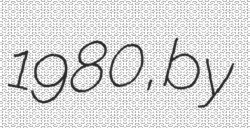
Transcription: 1980, by